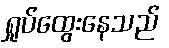
ရှုပ်ထွေးနေသည်